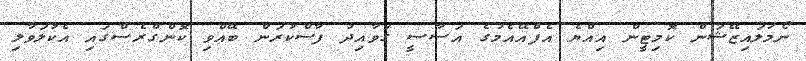
ނޯމަލައިޒޭޝަން ކޮމިޓީން އިއްޔެ އެފްއޭއެމުގެ އަސާސީ ގަވާއިދު ފާސްކުރަން ބޭއްވި ކޮންގްރެސްގައި އެކުލަވާލި